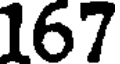
167